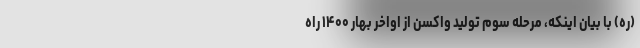
(ره) با بیان اینکه، مرحله سوم تولید واکسن از اواخر بهار ۱۴۰۰ راه